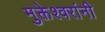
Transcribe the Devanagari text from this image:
मुक्तेश्वरांनी